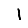
Digit: 1